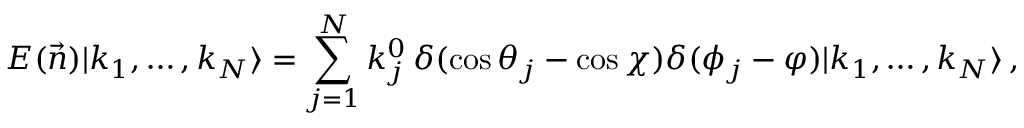
{ \cal E } ( \vec { n } ) | k _ { 1 } , \dots , k _ { N } \rangle = \sum _ { j = 1 } ^ { N } k _ { j } ^ { 0 } \, \delta ( \cos \theta _ { j } - \cos \chi ) \delta ( \phi _ { j } - \varphi ) | k _ { 1 } , \dots , k _ { N } \rangle \, ,